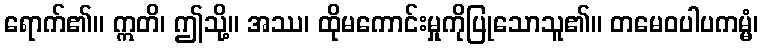
ရောက်၏။ ဣတိ၊ ဤသို့။ အဿ၊ ထိုမကောင်းမှုကိုပြုသောသူ၏။ တမေဝပါပကမ္မံ၊